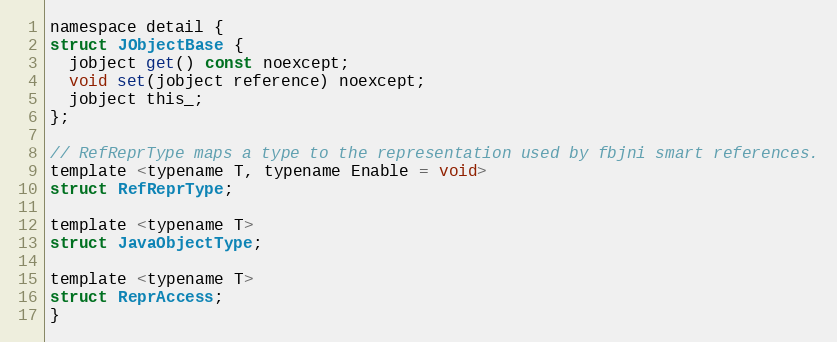
Language: C
namespace detail {
struct JObjectBase {
  jobject get() const noexcept;
  void set(jobject reference) noexcept;
  jobject this_;
};

// RefReprType maps a type to the representation used by fbjni smart references.
template <typename T, typename Enable = void>
struct RefReprType;

template <typename T>
struct JavaObjectType;

template <typename T>
struct ReprAccess;
}